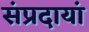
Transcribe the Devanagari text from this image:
संप्रदायां